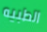
الطبيه